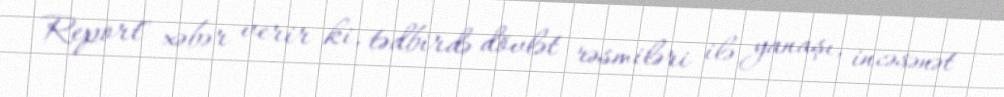
Report" xəbər verir ki, tədbirdə dövlət rəsmiləri ilə yanaşı, incəsənət